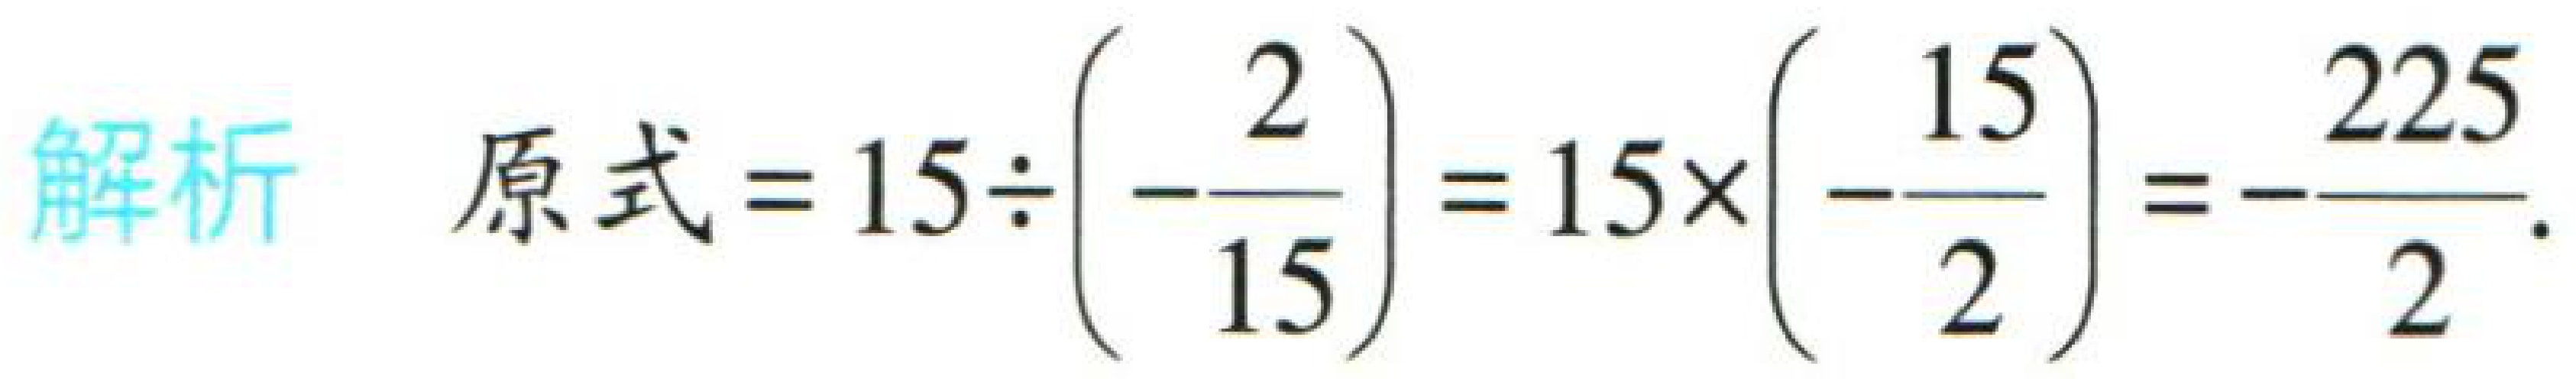
解析 原式\(=15\div\left(-\dfrac{2}{15}\right)=15\times\left(-\dfrac{15}{2}\right)=-\dfrac{225}{2}\).